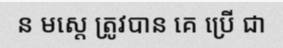
ន មស្តេ ត្រូវបាន គេ ប្រើ ជា